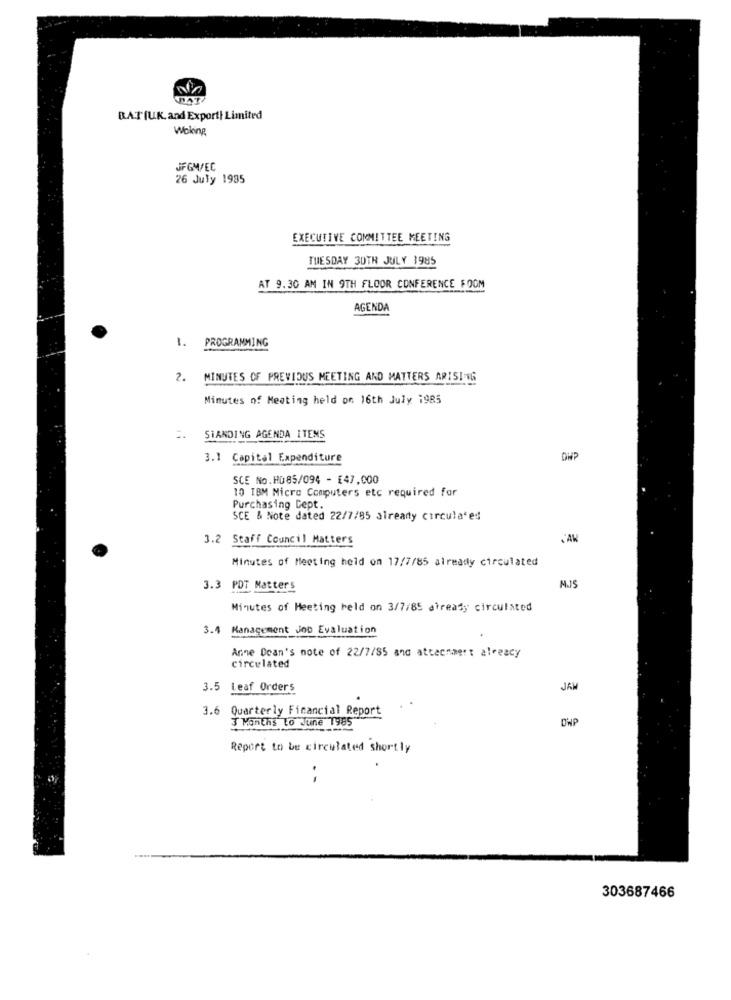
BATIUK, and Export| Limited
Woking
JFGM/EC
26 July 1935
EXECUTIVE COMMITTEE MEETING
TUESDAY 30TH JULY 1985
AT 9.30 AM IN 9TH FLOOR CONFERENCE FOOM
AGENDA
1. PROGRAMMING
2. MINUTES OF PREVIOUS MEETING AND MATTERS ARISING
Minutes of Meeting held on 16th July 1985
STANDING AGENDA ITEMS
3.1 Capital Expenditure
DWP
SCE No.R085/094 - [47,000
10 IBM Micro Computers etc required for
Purchasing Cept.
SCE & Note dated 22/7/85 already circulated
3.2 Staff Council Matters
Minutes of Meeting held on 17/7/85 already circulated
M.IS
3.3 PDT Matters
Minutes of Meeting held on 3/7/85 already circulated
3.4 Management Job Evaluation
Anne Dean's note of 22/7/85 and attecnmert already
circulated
3.5 Leaf Orders
JAM
3.6 Quarterly Financial Report
3 Months to June 1985
DWP
Report to be circulated shortly
--
303687466